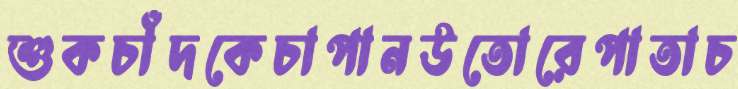
শুকচাঁদকেচাপানউতোরেপাতাচ